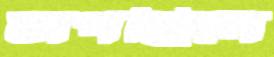
চাপছিলে